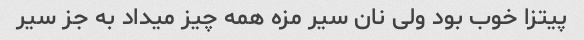
پیتزا خوب بود ولی نان سیر مزه همه چیز میداد به جز سیر